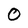
Character: O